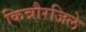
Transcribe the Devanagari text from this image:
किन्नौरजिले